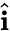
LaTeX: \hat{\mathbf{i}}